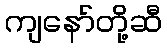
ကျနော်တို့ဆီ